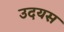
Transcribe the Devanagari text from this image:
उदयस